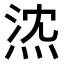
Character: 𤉠